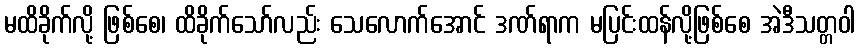
မထိခိုက်လို့ ဖြစ်စေ၊ ထိခိုက်သော်လည်း သေလောက်အောင် ဒဏ်ရာက မပြင်းထန်လို့ဖြစ်စေ အဲဒီသတ္တဝါ